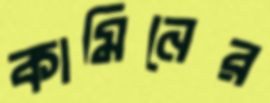
কামিনের